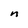
Character: n